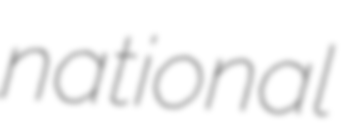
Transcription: national